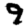
Digit: 9